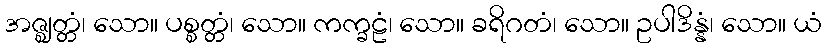
အဇ္ဈတ္တံ၊ သော။ ပစ္စတ္တံ၊ သော။ ကက္ခဠံ၊ သော။ ခရိဂတံ၊ သော။ ဥပါဒိန္နံ၊ သော။ ယံ